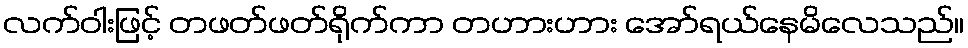
လက်ဝါးဖြင့် တဖတ်ဖတ်ရိုက်ကာ တဟားဟား အော်ရယ်နေမိလေသည်။